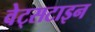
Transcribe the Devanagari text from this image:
वेट्सटाइन